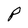
Character: P